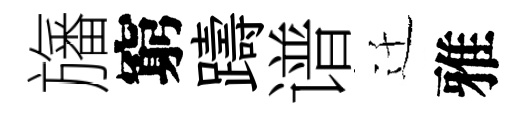
旛窮躊谱迁雅